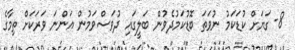
8- ގަޔަށް ކުޑަކަމު ނުވަތަ ބޮޑުކަމުދެވުން ބަލީގައި ދުވަސްވަމުން އަންނަ ވަރަކަށް ތިމާގެ